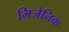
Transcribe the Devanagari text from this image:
मिजेनिक